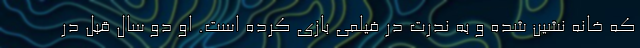
که خانه نشین شده و به ندرت در فیلمی بازی کرده است. او دو سال قبل در